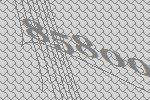
85800